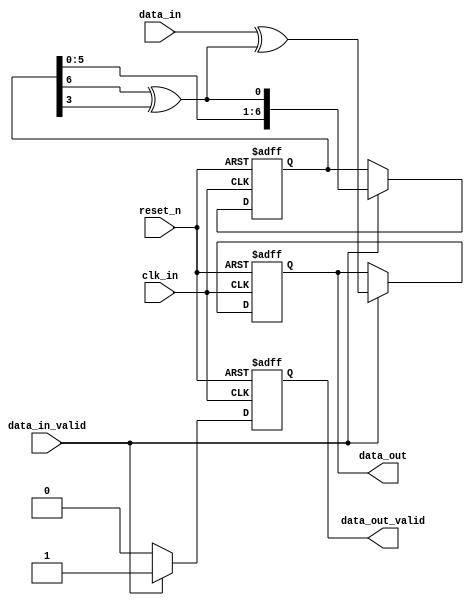
`timescale 1ns / 1ns
//////////////////////////////////////////////////////////////////////////////////
// Company: 
// Engineer: 
// 
// Design Name: 
// Module Name: scrambler
// Project Name: 
// Target Devices: 
// Tool Versions: 
// Description: 
// 
// Dependencies: 
// 
// Revision:
// Revision 0.01 - File Created
// Additional Comments:
// 
//////////////////////////////////////////////////////////////////////////////////


module scrambler
    #(parameter SCRAMBLER_WIDTH = 7,
    parameter SCRAMBLER_POLYNOMIAL = 8'd145)(
    //#(parameter SCRAMBLER_WIDTH = 16,
    //parameter SCRAMBLER_POLYNOMIAL = 17'd65593)(
    input reset_n,
    input clk_in,
    input data_in,
    input data_in_valid,
    output data_out,
    output data_out_valid
    );
    
    reg data_out_r;
    reg data_out_valid_r;
    
    reg [SCRAMBLER_WIDTH-1:0] d_r;  // scrambler registers
    wire calc_r;
    //assign calc_r = (d_r[7-1] ^ d_r[4-1]);  // polynomial
    // generate polynomial
    // ex. POLY_PARAM = 145, S(x)=D^7+D^4+1
    // calc_gen_w[0] = 1'b0; calc_r = calc_gen_w[7];
    // calc_gen_w[7] = (POLY_PARAM[7] & d_r[7-1]) ^ calc_gen_w[7-1];
    // calc_gen_w[6] = (POLY_PARAM[6] & d_r[6-1]) ^ calc_gen_w[6-1];
    // ....
    // ...
    // calc_gen_w[1] = (POLY_PARAM[1] & d_r[1-1]) ^ calc_gen_w[1-1];
    genvar gv_i;
    wire [SCRAMBLER_WIDTH:0] calc_gen_w;
    assign calc_gen_w[0] = 1'b0;
    assign calc_r = calc_gen_w[SCRAMBLER_WIDTH];
    generate
        for(gv_i = 1; gv_i < SCRAMBLER_WIDTH + 1; gv_i = gv_i + 1)
        begin : S_POLY
            assign calc_gen_w[gv_i] = (SCRAMBLER_POLYNOMIAL[gv_i] & d_r[gv_i-1]) ^ calc_gen_w[gv_i-1];
        end
    endgenerate
    
    assign data_out = data_out_r;
    assign data_out_valid = data_out_valid_r;
    
    // Scrambler
    always@(posedge clk_in or negedge reset_n)
    begin
        if(!reset_n)
        begin
            // initial : registers d are all 1
            d_r                     <= ~0;
            data_out_r              <= 1'b1;
            data_out_valid_r        <= 1'b0;
        end
        else
        begin
            if(data_in_valid)
            begin
                d_r                 <= {d_r[SCRAMBLER_WIDTH-2:0], calc_r};
                data_out_r          <= data_in ^ calc_r;
                data_out_valid_r    <= 1'b1;
            end
            else
            begin
                d_r                 <= d_r;
                data_out_r          <= data_out_r;
                data_out_valid_r    <= 1'b0;
            end
        end
    end
    
endmodule